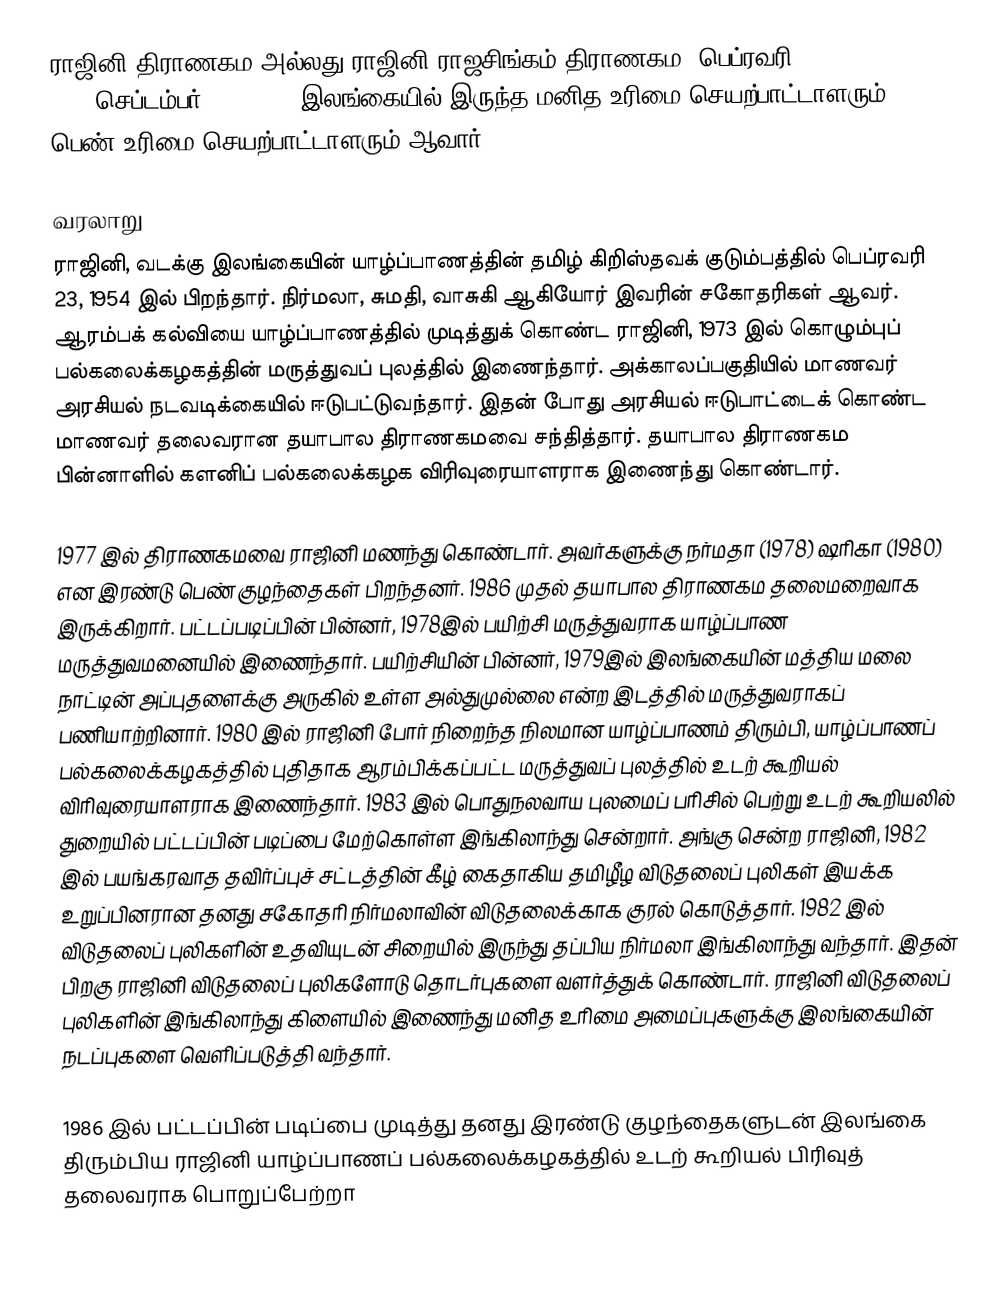
ராஜினி திராணகம அல்லது ராஜினி ராஜசிங்கம் திராணகம (பெப்ரவரி 23, 1954-செப்டம்பர் 21, 1989) இலங்கையில் இருந்த மனித உரிமை செயற்பாட்டாளரும் பெண் உரிமை செயற்பாட்டாளரும் ஆவார்.

வரலாறு
ராஜினி, வடக்கு இலங்கையின் யாழ்ப்பாணத்தின் தமிழ் கிறிஸ்தவக் குடும்பத்தில் பெப்ரவரி 23, 1954 இல் பிறந்தார். நிர்மலா, சுமதி, வாசுகி ஆகியோர் இவரின் சகோதரிகள் ஆவர். ஆரம்பக் கல்வியை யாழ்ப்பாணத்தில் முடித்துக் கொண்ட ராஜினி, 1973 இல் கொழும்புப் பல்கலைக்கழகத்தின் மருத்துவப் புலத்தில் இணைந்தார். அக்காலப்பகுதியில் மாணவர் அரசியல் நடவடிக்கையில் ஈடுபட்டுவந்தார். இதன் போது அரசியல் ஈடுபாட்டைக் கொண்ட மாணவர் தலைவரான தயாபால திராணகமவை சந்தித்தார். தயாபால திராணகம பின்னாளில் களனிப் பல்கலைக்கழக விரிவுரையாளராக இணைந்து கொண்டார்.

1977 இல் திராணகமவை ராஜினி மணந்து கொண்டார். அவர்களுக்கு நர்மதா (1978) ஷரிகா (1980) என இரண்டு பெண் குழந்தைகள் பிறந்தனர். 1986 முதல் தயாபால திராணகம தலைமறைவாக இருக்கிறார். பட்டப்படிப்பின் பின்னர், 1978இல் பயிற்சி மருத்துவராக யாழ்ப்பாண மருத்துவமனையில் இணைந்தார். பயிற்சியின் பின்னர், 1979இல் இலங்கையின் மத்திய மலை நாட்டின் அப்புதளைக்கு அருகில் உள்ள அல்துமுல்லை என்ற இடத்தில் மருத்துவராகப் பணியாற்றினார். 1980 இல் ராஜினி போர் நிறைந்த நிலமான யாழ்ப்பாணம் திரும்பி, யாழ்ப்பாணப் பல்கலைக்கழகத்தில் புதிதாக ஆரம்பிக்கப்பட்ட மருத்துவப் புலத்தில் உடற் கூறியல் விரிவுரையாளராக இணைந்தார்.  1983 இல் பொதுநலவாய புலமைப் பரிசில் பெற்று உடற் கூறியலில் துறையில் பட்டப்பின் படிப்பை மேற்கொள்ள இங்கிலாந்து சென்றார். அங்கு சென்ற ராஜினி, 1982 இல் பயங்கரவாத தவிர்ப்புச் சட்டத்தின் கீழ் கைதாகிய தமிழீழ விடுதலைப் புலிகள் இயக்க உறுப்பினரான தனது சகோதரி நிர்மலாவின் விடுதலைக்காக குரல் கொடுத்தார். 1982 இல் விடுதலைப் புலிகளின் உதவியுடன் சிறையில் இருந்து தப்பிய நிர்மலா இங்கிலாந்து வந்தார். இதன் பிறகு ராஜினி விடுதலைப் புலிகளோடு தொடர்புகளை வளர்த்துக் கொண்டார். ராஜினி விடுதலைப் புலிகளின் இங்கிலாந்து கிளையில் இணைந்து மனித உரிமை அமைப்புகளுக்கு இலங்கையின் நடப்புகளை வெளிப்படுத்தி வந்தார்.

1986 இல் பட்டப்பின் படிப்பை முடித்து தனது இரண்டு குழந்தைகளுடன் இலங்கை திரும்பிய ராஜினி யாழ்ப்பாணப் பல்கலைக்கழகத்தில் உடற் கூறியல் பிரிவுத் தலைவராக பொறுப்பேற்றா